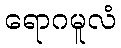
ရောဂမူလံ